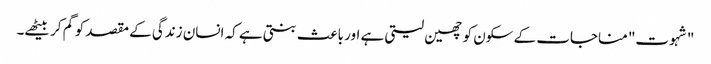
"شہوت" مناجات کے سکون کو چھین لیتی ہے اور باعث بنتی ہے کہ انسان زندگی کے مقصد کو گم کر بیٹھے۔